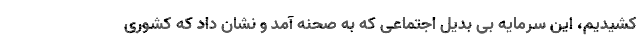
کشیدیم، این سرمایه بی بدیل اجتماعی که به صحنه آمد و نشان داد که کشوری